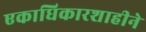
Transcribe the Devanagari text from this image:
एकाधिकारशाहीने